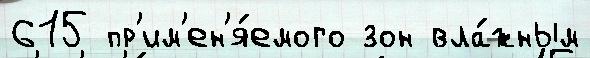
615 пр'им'ен'я́емого зон вла́жным